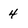
Character: 4